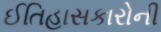
ઈતિહાસકારોની